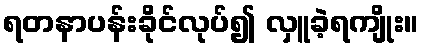
ရတနာပန်းခိုင်လုပ်၍ လှူခဲ့ရကျိုး။